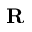
\textbf { R }